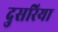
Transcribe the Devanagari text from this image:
दुसरिया